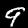
Digit: 9